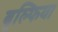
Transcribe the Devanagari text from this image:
बुल्फिया